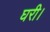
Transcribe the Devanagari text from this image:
घरी।